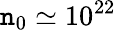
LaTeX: \mathtt{n}_{0}\simeq10^{22}